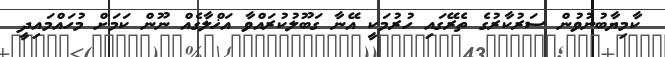
ކާމިޔާބުނުވުން ސަރުކާރުގެ ތެރޭގައި ހުރުމަކީ އޭނާ ގަބޫލުކުރައްވާ އަޚްލާގެއް ނޫން ކަމަށް މުހައްމައިދީ